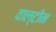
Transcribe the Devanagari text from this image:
वाल्टोन